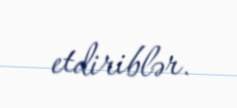
etdiriblər.